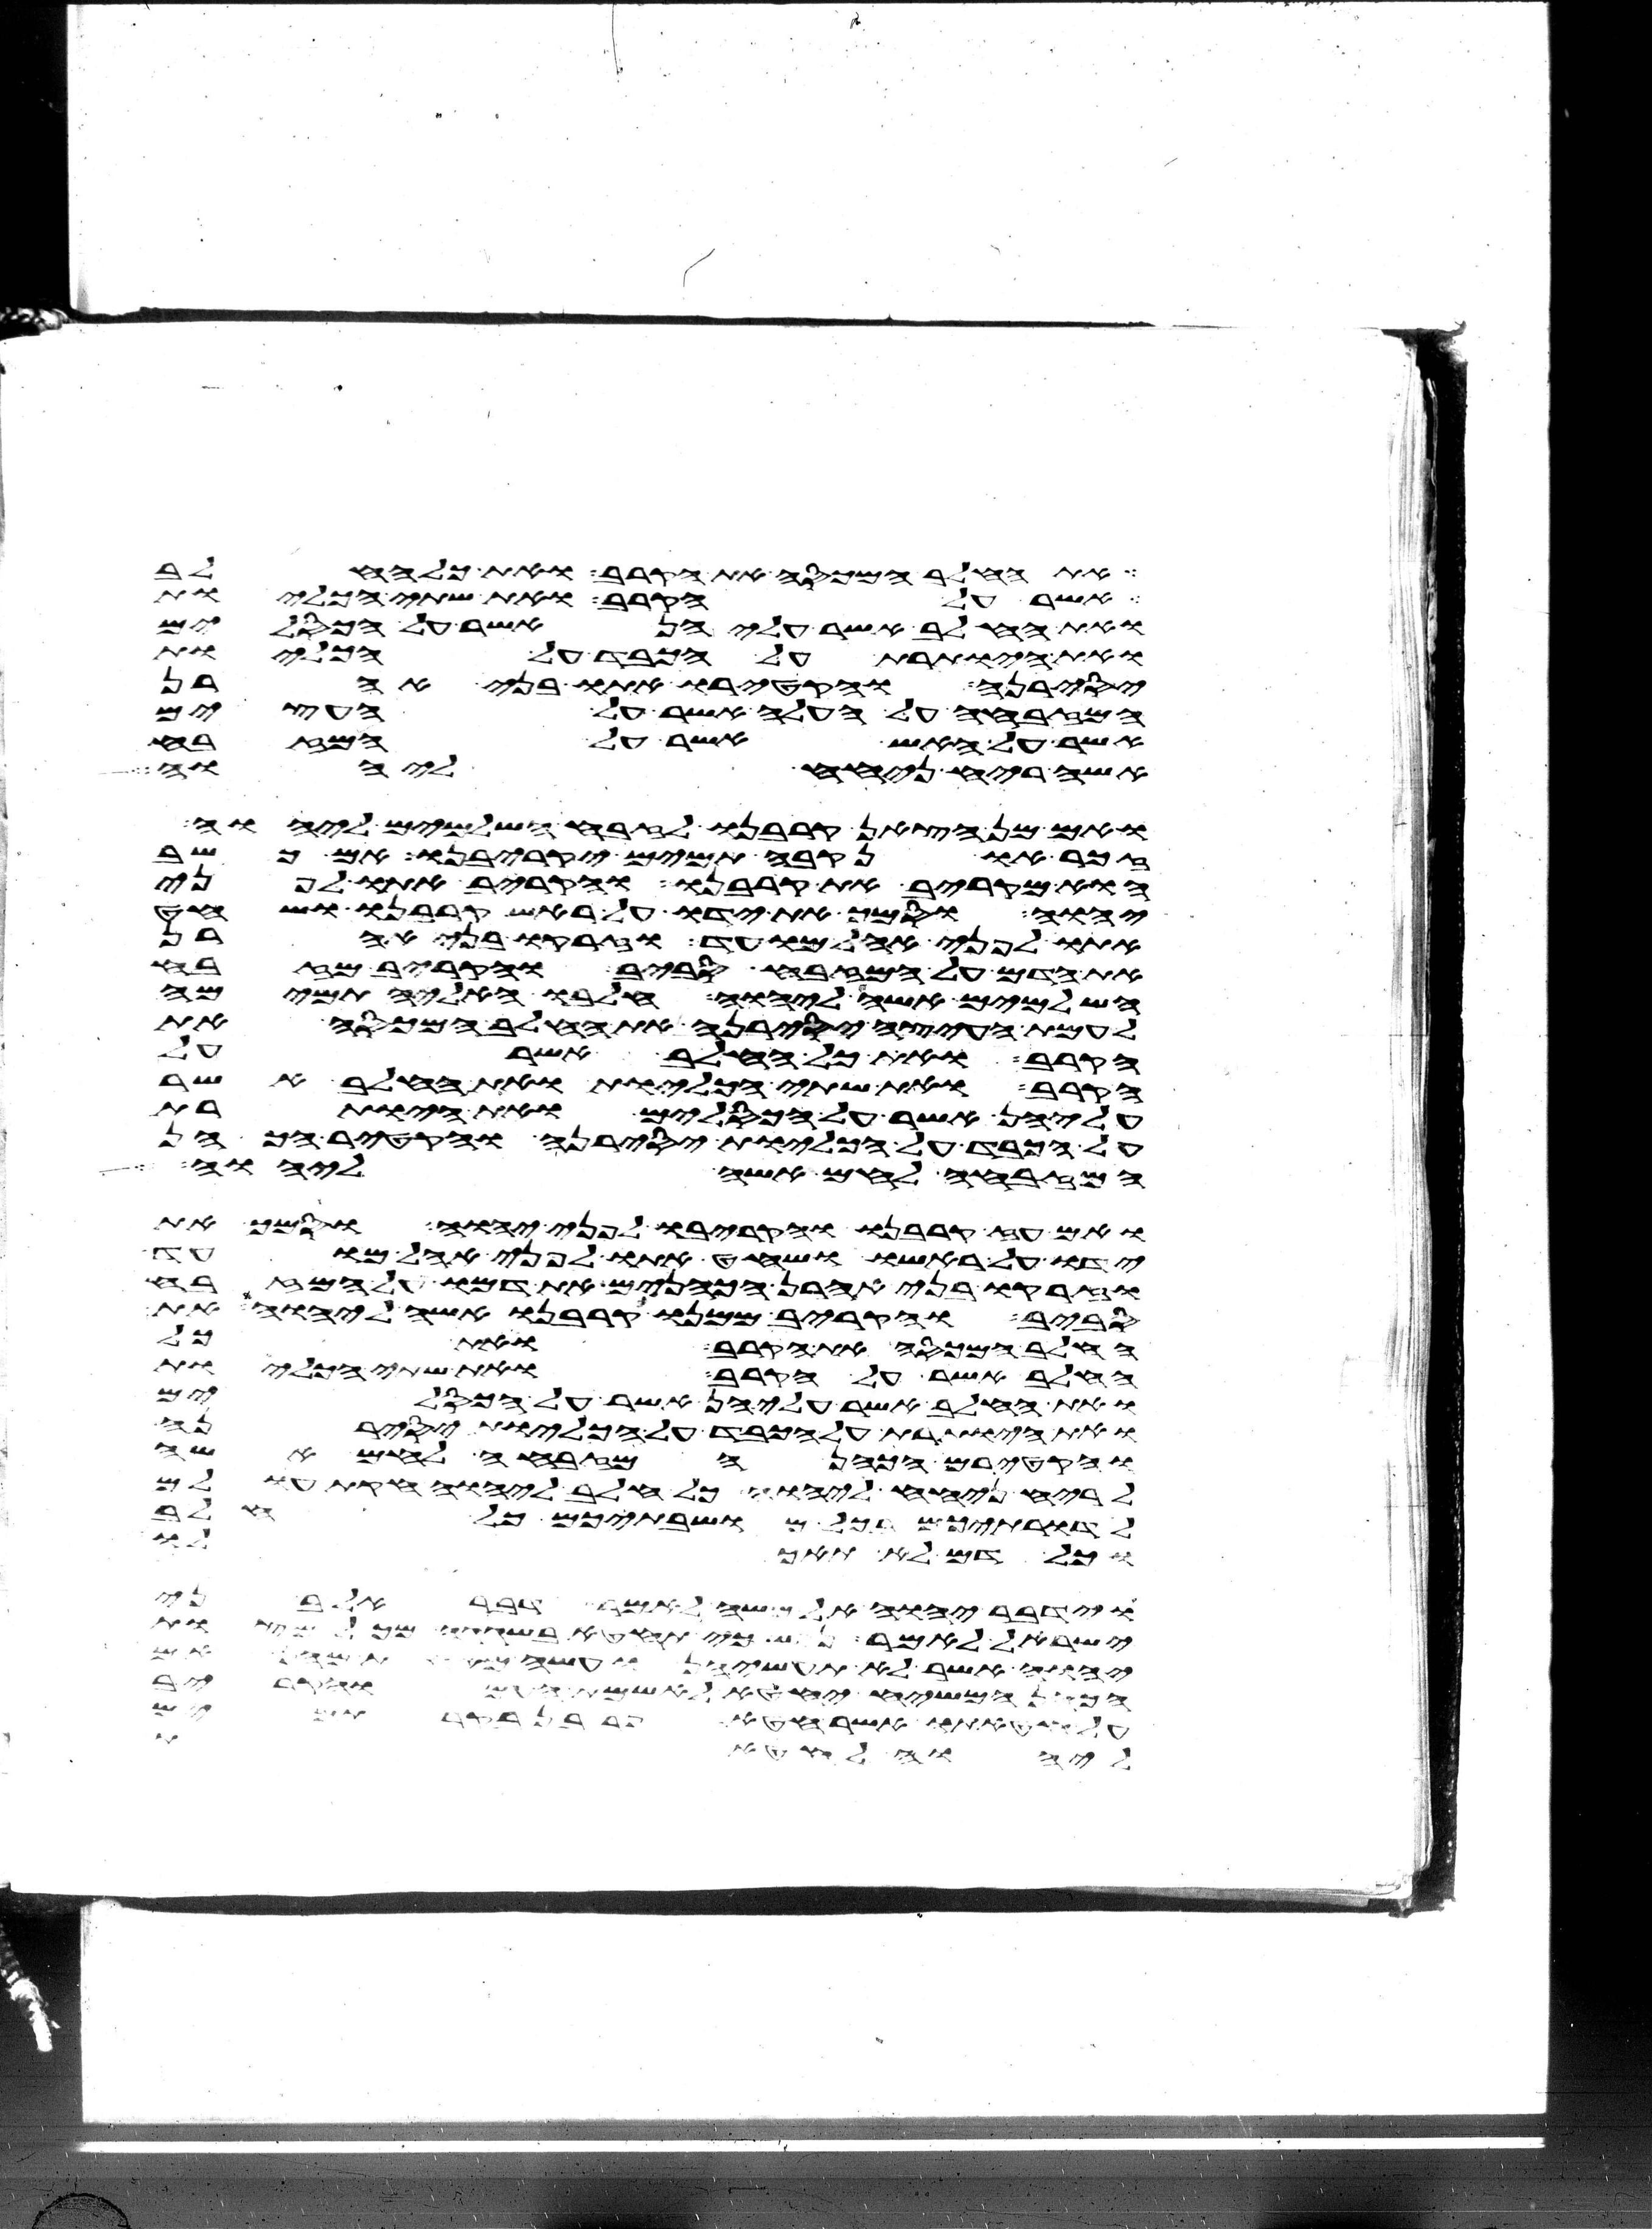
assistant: את החלב המכסה את הקרב ואת כל החלב
אשר על הקרב ואת שתי הכליות
ואת החלב אשר עליהן אשר על הכסלים
ואת היותרת על הכבד על הכליות
יסירנה והקטירו אתו בני אהרן
המזבחה על העלה אשר על העצים
אשר על האש אשר על המזבח
אשה ריח ניחח ליהוה
ואם מן הצאן קרבנו לזבח השלמים ליהוה
זכר או נקבה תמים יקריבנו אם כשב
הוא מקריב את קרבנו והקריב אתו לפני
יהוה וסמך את ידו על ראש קרבנו ושחט
אתו לפני אהל מועד וזרקו בני אהרן
את הדם על המזבח סביב והקריב מזבח
השלמים אשה ליהוה חלבו האליה תמימה
לעמת העצה יסירנה את החלב המכסה את
הקרב ואת כל החלב אשר על
הקרב ואת שתי הכליות ואת החלב אשר
עליהן אשר על הכסלים ואת היותרת
על הכבד על הכליות יסירנה והקטיר הכהן
המזבחה לחם אשה ליהוה
ואם עז קרבנו והקריבו לפני יהוה וסמך את
ידו על ראשו ושחט אתו לפני אהל מועד
וזרקו בני אהרן הכהנים את דמו על המזבח
סביב והקריב ממנו קרבנו אשה ליהוה את
החלב המכסה את הקרב ואת כל
החלב אשר על הקרב ואת שתי הכליות
ואת החלב אשר עליהן אשר על הכסלים
ואת היותרת על הכבד על הכליות יסירנה
והקטירם הכהן המזבחה לחם אשה
לריח ניחח ליהוה כל חלב ליהוה חקת עולם
לדרתיכם בכל מושבתיכם כל חלב
וכל דם לא תאכלו
וידבר יהוה אל משה לאמר ואל בני
ישראל לאמר נפש כי תחטא בשגגה מכל מצות
יהוה אשר לא תעשיהן ועשה מאחת מהן אם
המשיח יחטא לאשמת העם והקריב
על חטאתו אשר חטא פר בן בקר תמים
ליהוה לחטאת